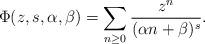
LaTeX: \begin{align*} \Phi(z, s, \alpha, \beta) & = \sum_{n \geq 0} \frac{z^n}{(\alpha n+\beta)^s}. \end{align*}